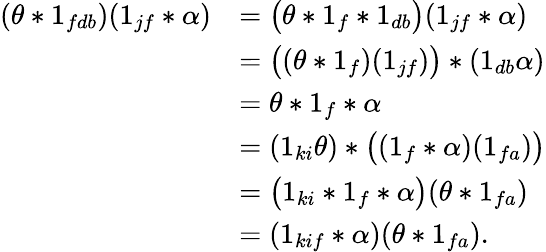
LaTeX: \begin{array}{rl}{(\theta*1_{fdb})(1_{jf}*\alpha)}&{=\bigl(\theta*1_{f}*1_{db}\bigr)(1_{jf}*\alpha)}\\ &{=\bigl((\theta*1_{f})(1_{jf})\bigr)*(1_{db}\alpha)}\\ &{=\theta*1_{f}*\alpha}\\ &{=(1_{ki}\theta)*\bigl((1_{f}*\alpha)(1_{fa})\bigr)}\\ &{=\bigl(1_{ki}*1_{f}*\alpha\bigr)(\theta*1_{fa})}\\ &{=(1_{kif}*\alpha)(\theta*1_{fa}).}\end{array}